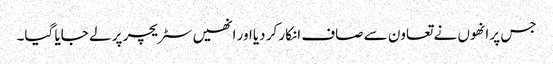
جس پر انھوں نے تعاون سے صاف انکار کر دیااور انھیں سٹریچر پر لے جایا گیا۔